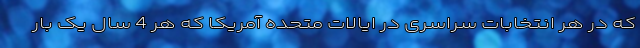
که در هر انتخابات سراسری در ایالات متحده آمریکا که هر 4 سال یک بار